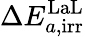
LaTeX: \Delta E_{a,\mathrm{irr}}^{\mathrm{LaL}}